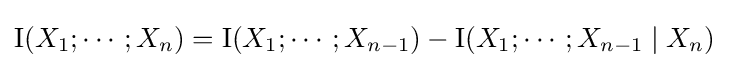
\operatorname {I} (X_{1};\cdots ;X_{n})=\operatorname {I} (X_{1};\cdots ;X_{n-1})-\operatorname {I} (X_{1};\cdots ;X_{n-1}\mid X_{n})